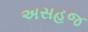
અસહજ